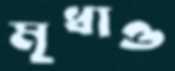
মৃধাও